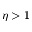
\eta > 1